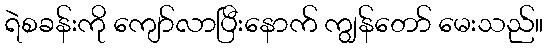
ရဲစခန်းကို ကျော်လာပြီးနောက် ကျွန်တော် မေးသည်။